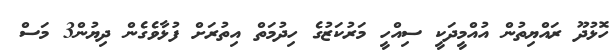
ހޮޅުދޫ ރައްޔިތުން އުއްމީދަކީ ސިއްހީ މަރުކަޒުގެ ހިދުމަތް އިތުރަށް ފުޅާވެގެން ދިޔުން3 މަސް